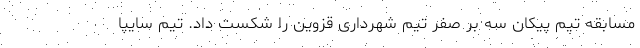
مسابقه تیم پیکان سه بر صفر تیم شهرداری قزوین را شکست داد. تیم‌ سایپا